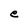
Character: e